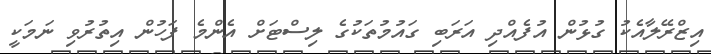
އިޒްރޭލާއެކު ގުޅުން އުފެއްދި އަރަބި ގައުމުތަކުގެ ލިސްޓަށް އެންމެ ފަހުން އިތުރުވި ނަމަކީ